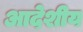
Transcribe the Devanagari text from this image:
आदेशीय